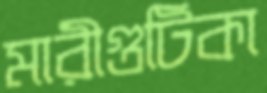
মারীগুটিকা